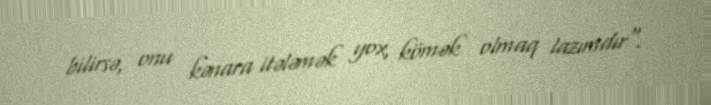
bilirsə, onu kənara itələmək yox, kömək olmaq lazımdır".